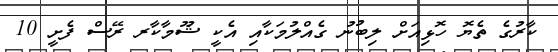
ކާރުގެ ތެޔޮ ހޮޅިއަށް ލިބުނު ގެއްލުމަކާއި އެކީ ޝޫމާކާރ ރޭސް ފެށީ 10